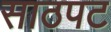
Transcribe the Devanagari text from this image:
साठपट